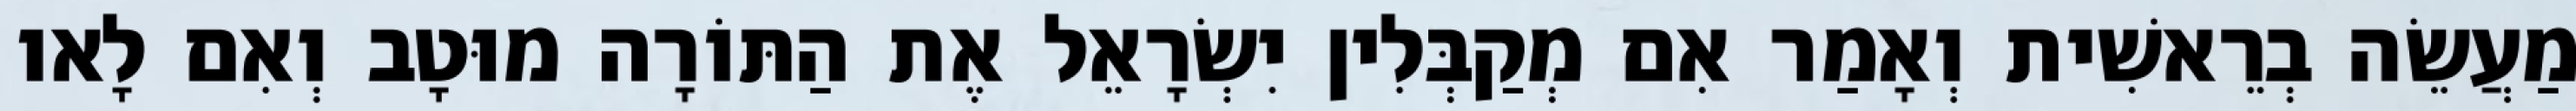
מַעֲשֵׂה בְרֵאשִׁית וְאָמַר אִם מְקַבְּלִין יִשְׂרָאֵל אֶת הַתּוֹרָה מוּטָב וְאִם לָאו